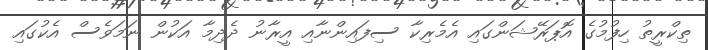
ތިކްރީތު ހިފުމުގެ އޮޕަރޭޝަންގައި އެމެރިކާ ސިފައިންނާއި އީރާނު ދެދިމާ އަކުން ނަމަވެސް އެކުގައި